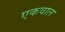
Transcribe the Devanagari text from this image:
एकवाल